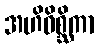
အဟိဝိစ္ဆိကာ